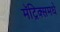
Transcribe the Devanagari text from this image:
मॅट्रिक्समधे